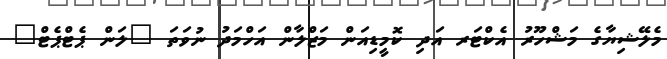
މެލޭޝިޔާގެ މަޝްހޫރު އެކްޓަރ އަދި ކޮމީޑިއަން މަޒްލާން އަހްމަދު ނުވަތަ "ލަން ޕެޓްޕެޓް"